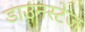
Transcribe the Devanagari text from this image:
डाउनस्टेज